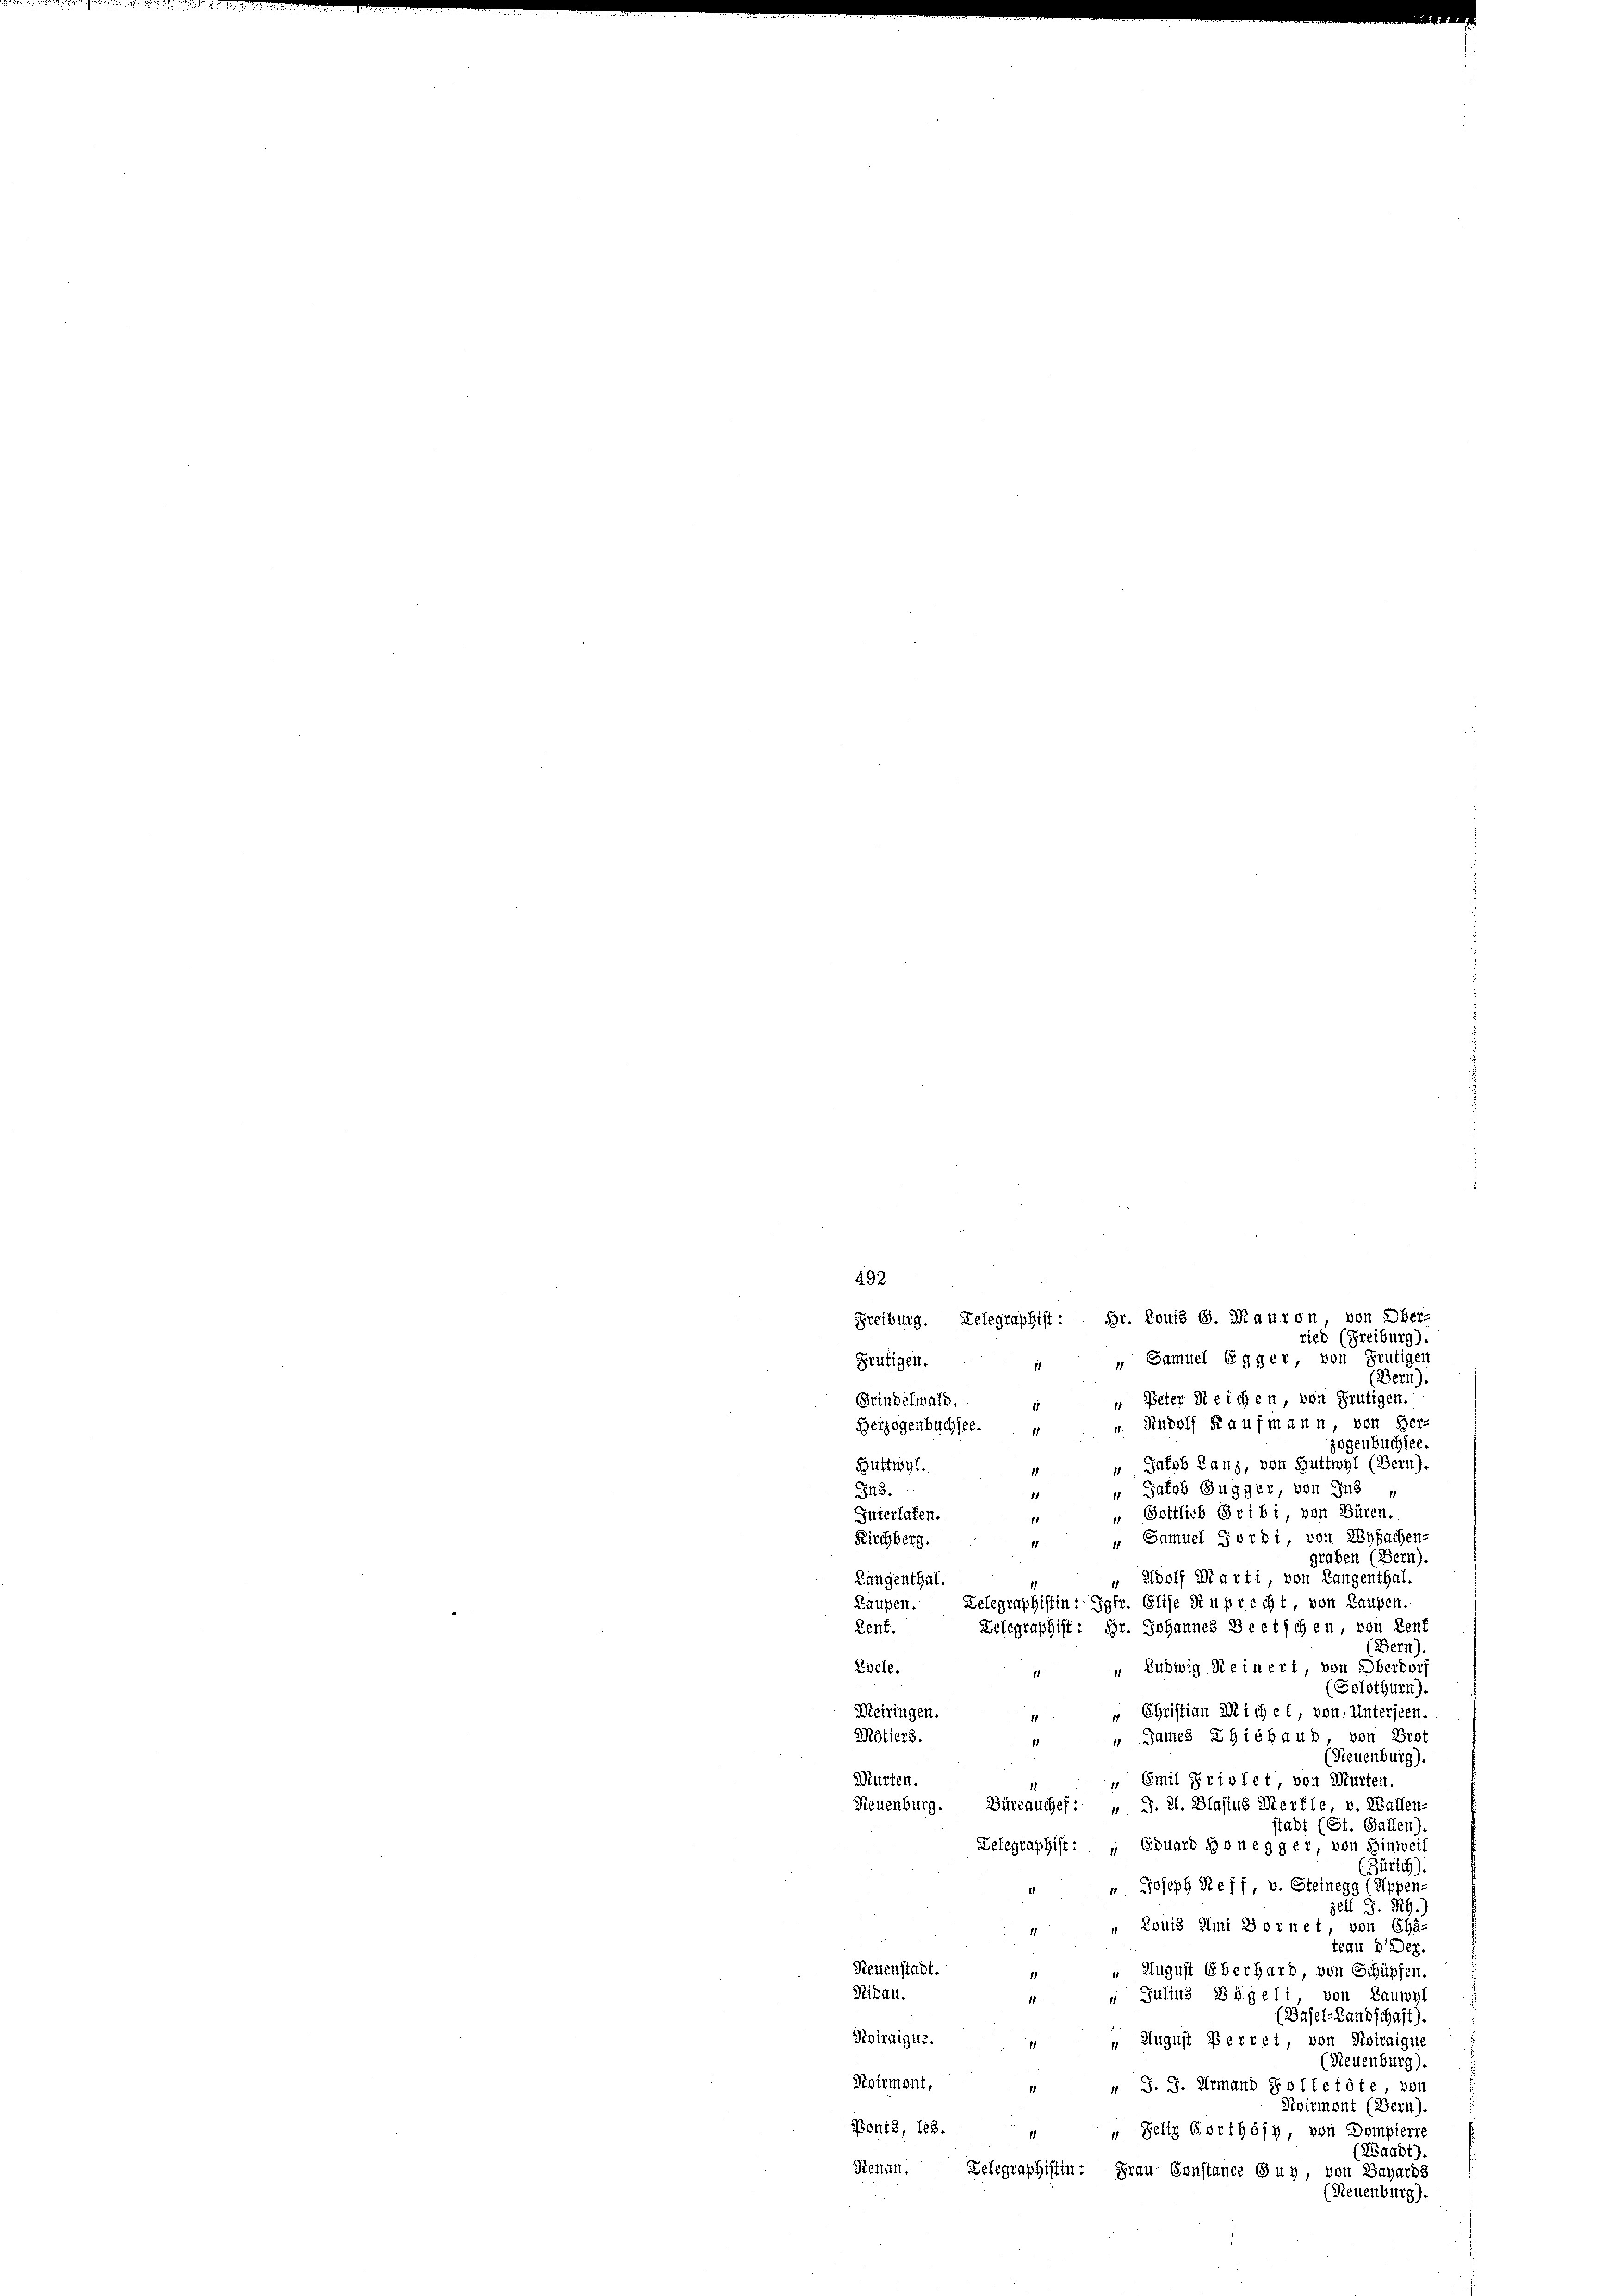
492
Freiburg. Delegraphist: Hr. Louis G. Mauron von Ober-
ries (Freiburg).
 Samuel Egger von Frutigen
Grütigen.
1
(Bern).
 Peter Reichen von Frutigen.
Grindelwald.
u. Rudolf Kaufmann von Her-
Berzogenbuchsee.
zogenbuchsee.
Büttwyl.
“ Jakob Lanz, von Guttwyl (Bern).
" Patob Gugger, von Ins 4
343.
" Gottlieb Gribi von Büren.
Interlaten.
" Samuel Jordi, von Lysachen-
Kirchberg.
graben (Bern).
„ Adolf Marti von Langenthal.
Langenthal.
Laupen. Delegraphistin: Jgfr. Elise Ruprecht, von Laupen-
Telegraphist: Hr. Johannes Beetschen, von Rent
Zenf.
(Bern).
" Ludwig Reinert von Oberdorf
Escle.
11
(Solothurn).
Meiringen.
" Christian Siche 1, von. Untersten.
Mötiers.
 James Ehiébaud, von Prot
11
(Neuenburg).
Murten.
" Emil Friolet, von Murten.
1
Neuenburg.
Büreauchef: „ J. 2. Blasius Merfte v. Wallen-
stadt (St. Gallen)
Delegraphist: „ Eduard Honegger von Hinweil
(Zürich).
" Joseph Reff, v. Steinegg (Rippen-
zell S. 29.
 Louis Ami Bornet, von Cha-
11.
teau Dez.
Neuenstadt.
 August Eberhard, von Schüpfen.
Ribau.
von Lauwyl
 Julius Vögeli
1
(Basel-Landschaft).
Roiraigue.
 August Perret von Sviraigue
1
(Neuenburg).
Roirmont,
" J. J. ermand Solletete, von
d
Roirmont (Bern).
Ponts, 123. „ „ Selig Corthésy, von Dompierre
(Waadt)
Renan. Delegraphistin. Frau Constance Guy, von Bagaris
(Reitenburg).